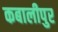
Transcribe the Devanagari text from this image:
कबालीपुर